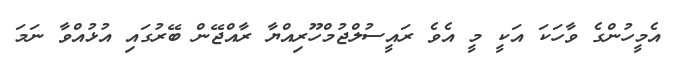
އެމީހުންގެ ވާހަކަ އަކީ މީ އެވެ ރައީސުލްޖުމްހޫރިއްޔާ ރާއްޖޭން ބޭރުގައި އުޅުއްވާ ނަމަ